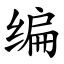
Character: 编